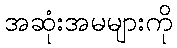
အဆုံးအမများကို